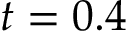
t = 0 . 4